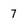
Character: 7